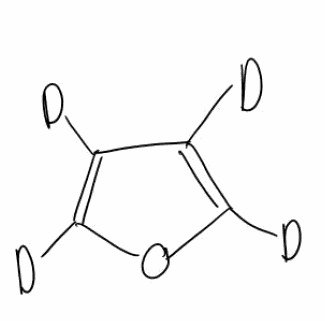
Simplified molecular-input line-entry system (SMILES) notation of the given molecule:
[2H]C1=C(OC(=C1[2H])[2H])[2H]